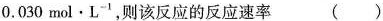
0.030mol\cdot L^{-1}，则该反应的反应速率()